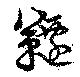
韆